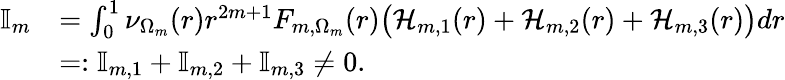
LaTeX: \begin{array}{rl}{\mathbb{I}_{m}}&{=\int_{0}^{1}\nu_{\Omega_{m}}(r)r^{2m+1}F_{m,\Omega_{m}}(r)\big(\mathcal{H}_{m,1}(r)+\mathcal{H}_{m,2}(r)+\mathcal{H}_{m,3}(r)\big)dr}\\ &{=:\mathbb{I}_{m,1}+\mathbb{I}_{m,2}+\mathbb{I}_{m,3}\neq 0.}\end{array}